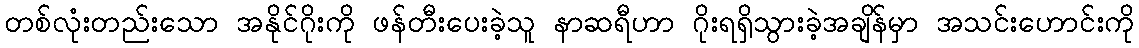
တစ်လုံးတည်းသော အနိုင်ဂိုးကို ဖန်တီးပေးခဲ့သူ နာဆရီဟာ ဂိုးရရှိသွားခဲ့အချိန်မှာ အသင်းဟောင်းကို